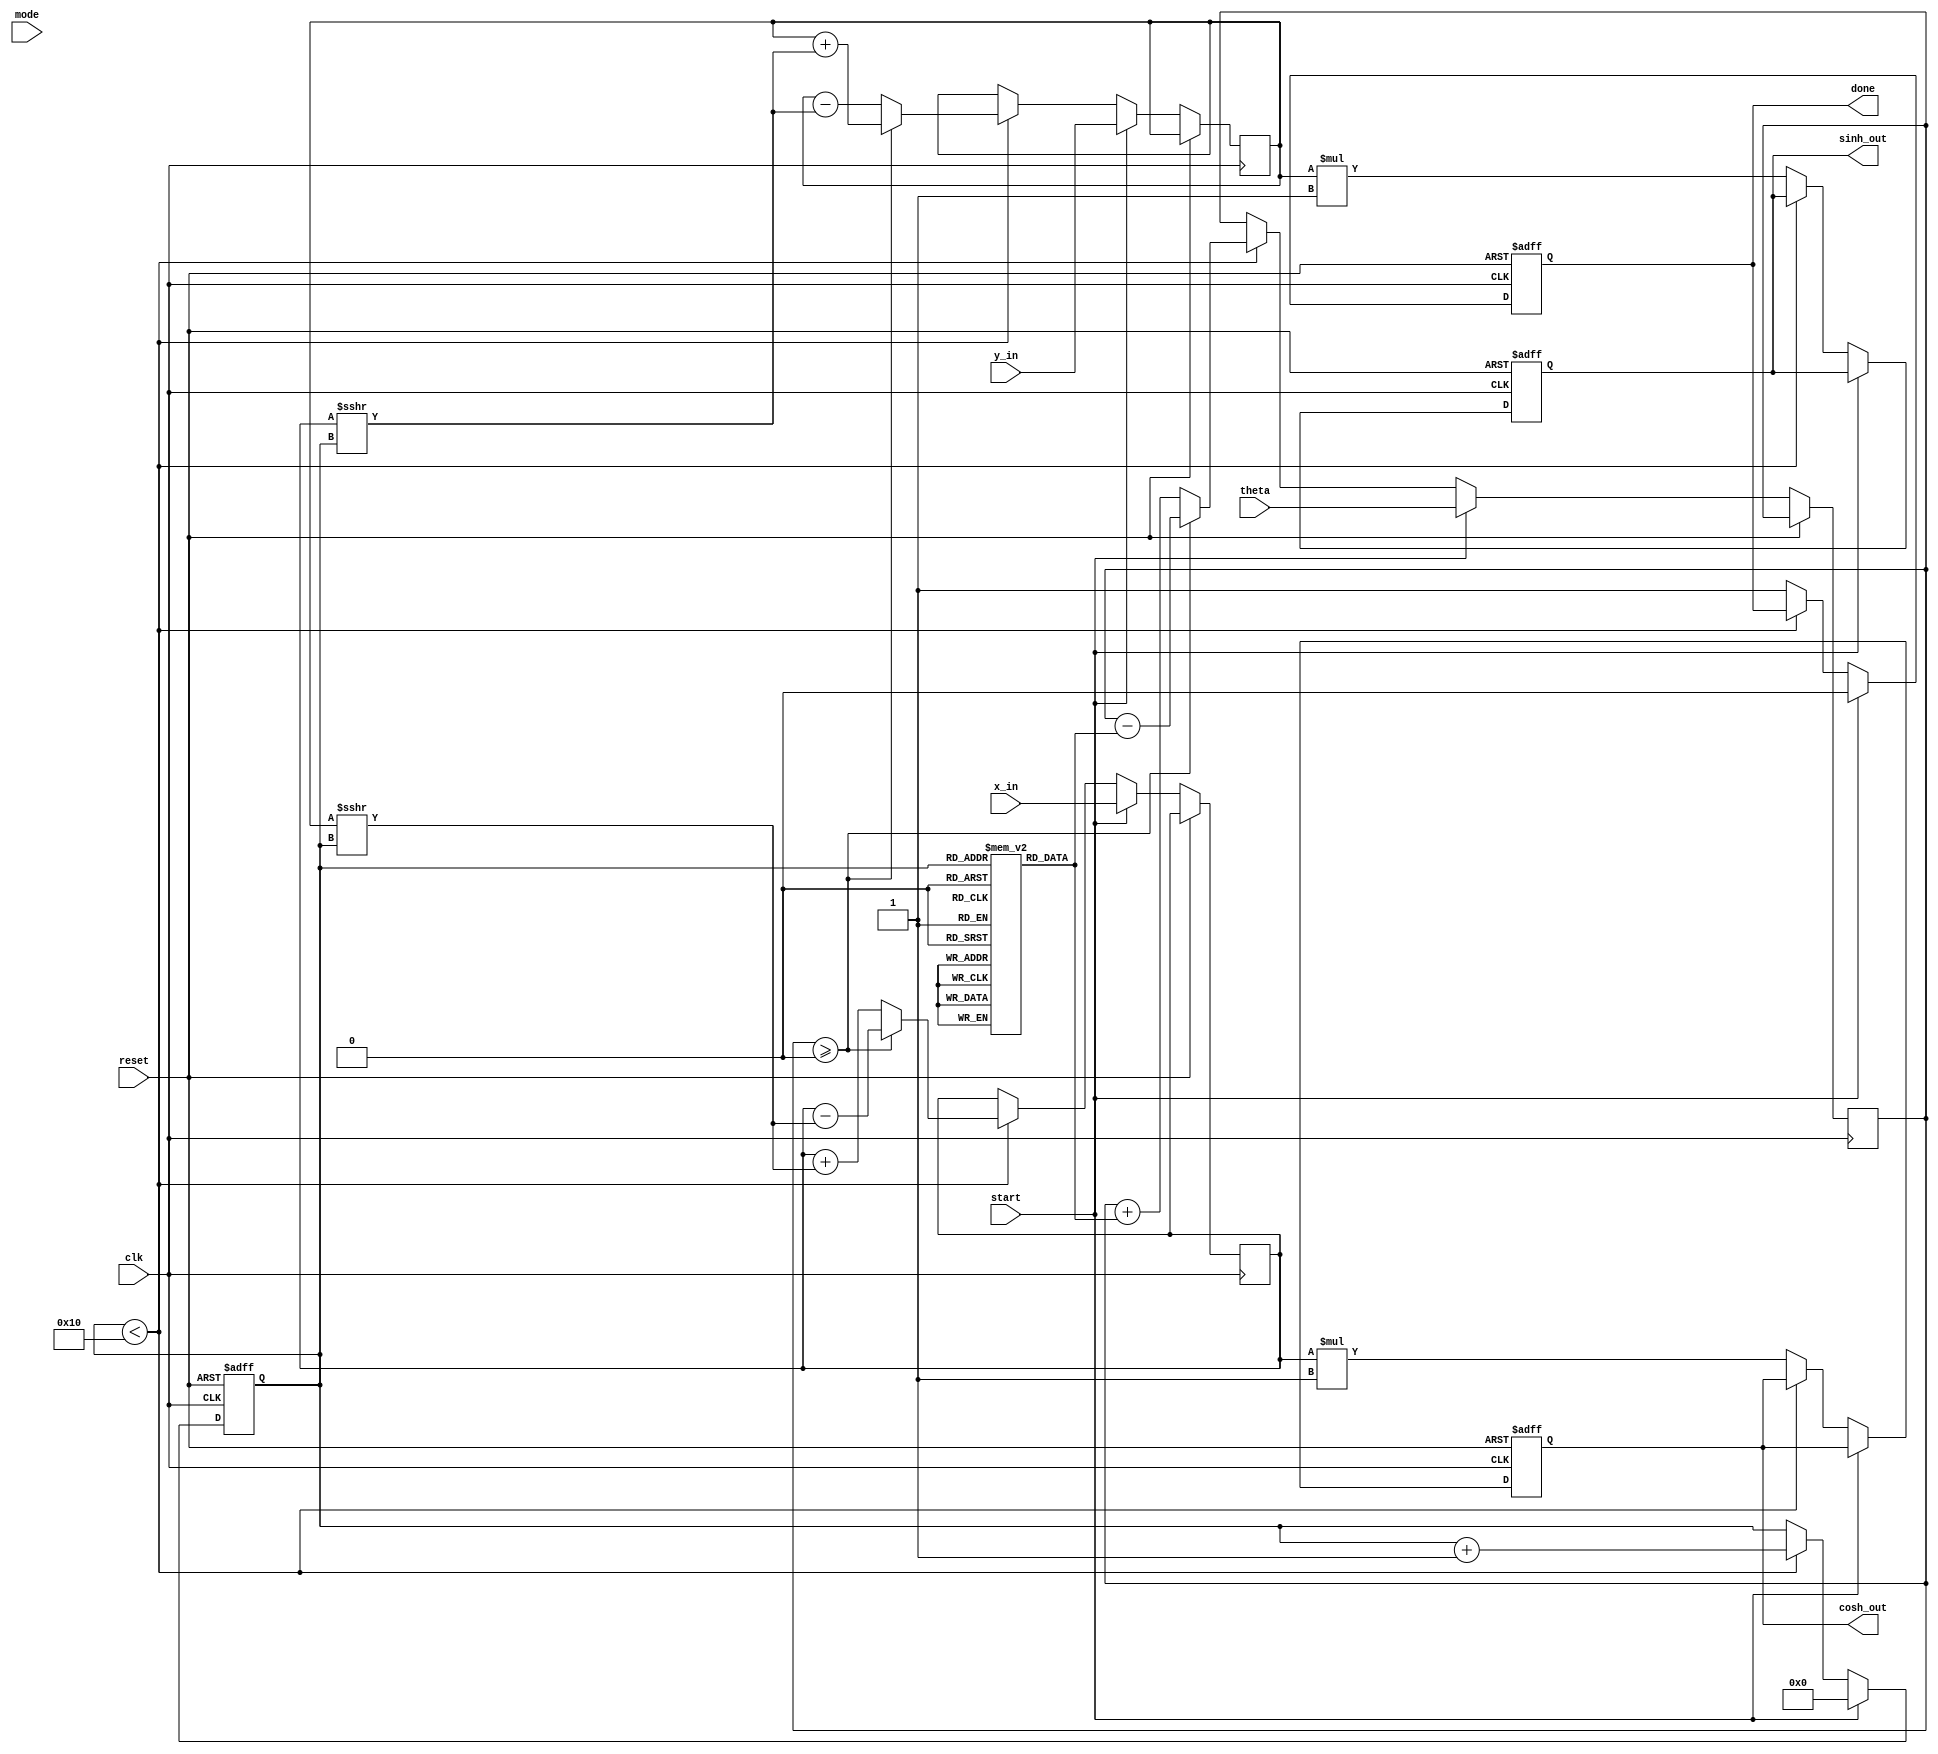
module hyperbolic_cordic (
    input wire clk,
    input wire reset,
    input wire start,
    input wire mode, // 0 for hyperbolic, 1 for circular
    input wire [15:0] theta, // Input angle in fixed-point representation
    input wire [15:0] x_in, // Initial x value
    input wire [15:0] y_in, // Initial y value
    output reg [15:0] sinh_out, // Output for hyperbolic sine
    output reg [15:0] cosh_out, // Output for hyperbolic cosine
    output reg done // Signal indicating computation is complete
);

    // Parameters
    parameter N = 16; // Number of iterations
    parameter K = 16'h1; // Scaling factor (K = 1 for simplicity)

    // Internal registers
    reg [15:0] x [0:N-1]; // x values for each iteration
    reg [15:0] y [0:N-1]; // y values for each iteration
    reg [15:0] angle [0:N-1]; // Angle table for CORDIC
    reg [3:0] iteration; // Iteration counter
    reg [15:0] theta_reg; // Register for theta
    reg [15:0] x_reg, y_reg; // Registers for x and y
    reg valid; // Valid output signal

    // Initialize angle table (arctanh values)
    initial begin
        angle[0] = 16'h1; // Example values, should be replaced with actual arctanh values
        angle[1] = 16'h2; // ...
        // Fill in the rest of the angle values
    end

    // Control Unit
    always @(posedge clk or posedge reset) begin
        if (reset) begin
            iteration <= 0;
            done <= 0;
            valid <= 0;
            sinh_out <= 0;
            cosh_out <= 0;
        end else if (start) begin
            // Load initial values
            x_reg <= x_in;
            y_reg <= y_in;
            theta_reg <= theta;
            iteration <= 0;
            done <= 0;
            valid <= 0;
        end else if (iteration < N) begin
            // CORDIC Iteration Logic
            if (theta_reg >= 0) begin
                x_reg <= x_reg - (y_reg >>> iteration);
                y_reg <= y_reg + (x_reg >>> iteration);
                theta_reg <= theta_reg - angle[iteration];
            end else begin
                x_reg <= x_reg + (y_reg >>> iteration);
                y_reg <= y_reg - (x_reg >>> iteration);
                theta_reg <= theta_reg + angle[iteration];
            end
            iteration <= iteration + 1;
        end else begin
            // Output results
            sinh_out <= y_reg * K; // Scale output
            cosh_out <= x_reg * K; // Scale output
            done <= 1;
            valid <= 1;
        end
    end

endmodule